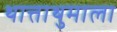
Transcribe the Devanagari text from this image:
थात्ताथुमाला